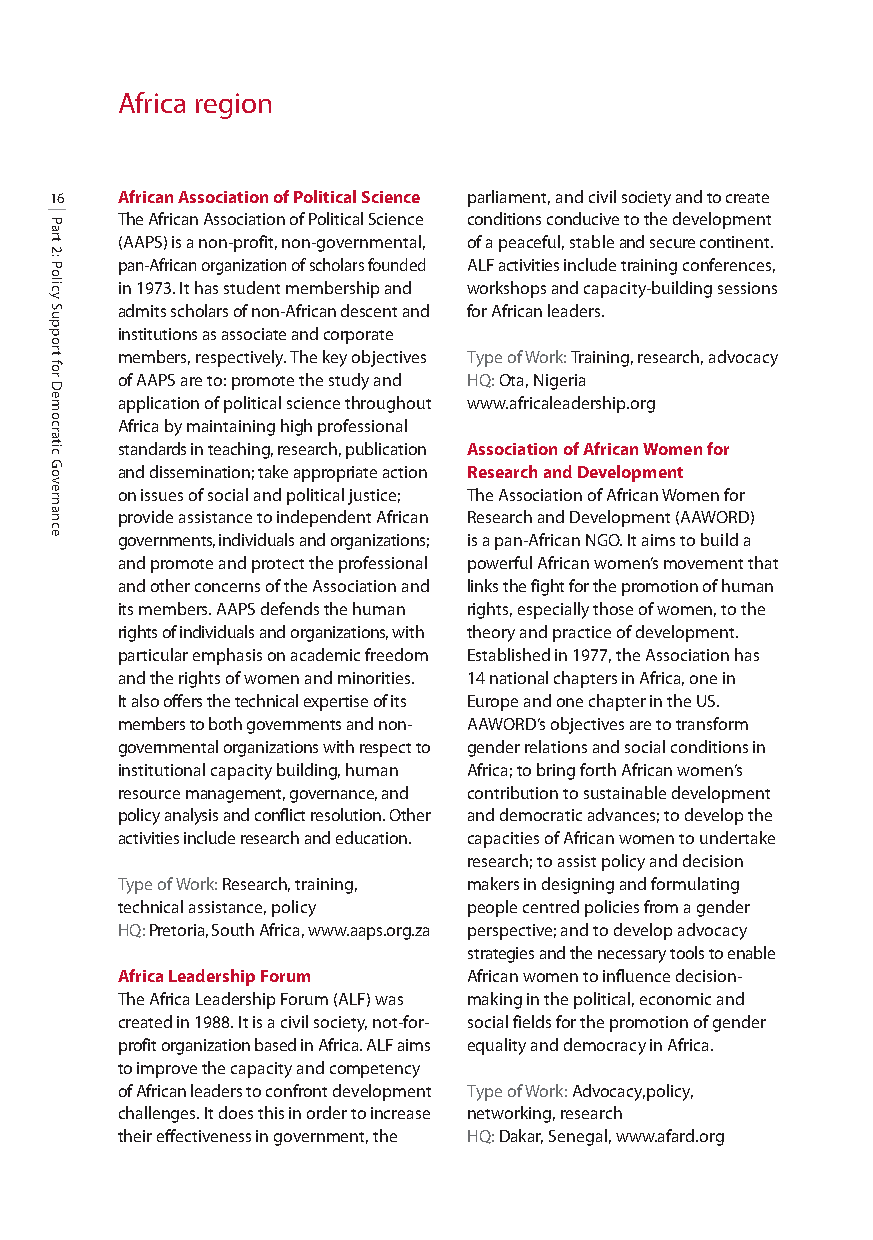
Africa region
 16   African Association of Political Science parliament, and civil society and to create
 The African Association of Political Science conditions conduciveto the development
 (AAPS) is a non-profit, non-governmental, of a peaceful, stable and secure continent.
 pan-African organization of scholars founded ALF activities includetraining conferences,
 in 1973. It has student membership and workshops and capacity-building sessions
 admits scholars of non-African descent and for African leaders.
 institutions as associate and corporate
 members, respectively. The key objectives Type of Work: Training, research, advocacy
 of AAPS are to: promote the study and HQ:Ota, Nigeria
 application of political science throughout www.africaleadership.org
 Africa by maintaining high professional
 standards in teaching, research, publication Association of African Women for
 and dissemination; take appropriate action Research and Development
 on issues of social and political justice; The Association of African Women for
 provide assistance to independent African Research and Development (AAWORD)
 governments, individuals and organizations; is a pan-African NGO. It aims to build a
 and promote and protect the professional powerful African women’s movement that
 and other concerns of the Association and links the fight for the promotion of human
 its members. AAPS defends the human rights, especially those of women, to the
 rights of individuals and organizations, with theory and practice of development.
 particular emphasis on academic freedom Established in 1977, the Association has
 and the rights of women and minorities. 14 national chapters in Africa, one in
 It also offers the technical expertise of its Europe and one chapter in the US.
 members to both governments and non- AAWORD’s objectives are to transform
 governmental organizations with respect to gender relations and social conditions in
 institutional capacity building, human Africa; to bring forth African women’s
 resourcemanagement, governance, and contribution to sustainable development
 policy analysis and conflict resolution. Other and democratic advances; to develop the
 activities include research and education. capacities of African women to undertake
 research; to assist policy and decision
 Type of Work:Research, training, makers in designing and formulating
 technical assistance, policy people centred policies from a gender
 HQ: Pretoria, South Africa, www.aaps.org.za perspective; and to develop advocacy
 strategies and the necessary tools to enable
 Africa Leadership Forum African women to influence decision-
 The Africa Leadership Forum (ALF) was making in the political, economic and
 created in 1988. It is a civil society, not-for- social fields for the promotion of gender
 profit organization based in Africa. ALF aims equality and democracy in Africa.
 to improve the capacity and competency
 of African leaders to confrontdevelopment Type of Work:Advocacy,policy,
 challenges. It does this in order to increase networking, research
 their effectiveness in government, the HQ: Dakar, Senegal, www.afard.org
 Part
 2:
 Policy
 Support
 for
 Democratic
 Governance